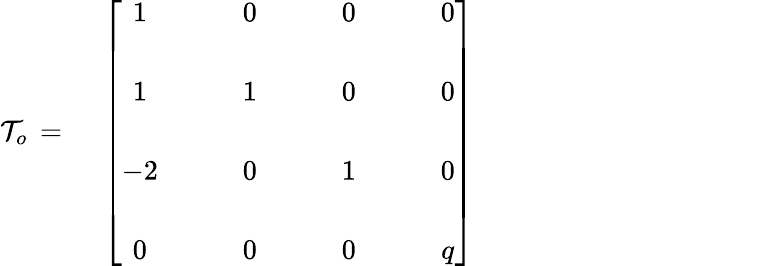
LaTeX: {\cal T}_{o}\, =\, \quad\left[\begin{array}{cccc}{{1}}&{{\qquad 0}}&{{\qquad 0}}&{{\qquad 0}}\\ {{}}&{{}}&{{}}&{{}}\\ {{1}}&{{\qquad 1}}&{{\qquad 0}}&{{\qquad 0}}\\ {{}}&{{}}&{{}}&{{}}\\ {{-2}}&{{\qquad 0}}&{{\qquad 1}}&{{\qquad 0}}\\ {{}}&{{}}&{{}}&{{}}\\ {{0}}&{{\qquad 0}}&{{\qquad 0}}&{{\qquad q}}\end{array}\right]\hphantom{xxxxxxxxxxxxxxxxxx}